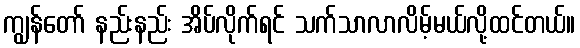
ကျွန်တော် နည်းနည်း အိပ်လိုက်ရင် သက်သာလာလိမ့်မယ်လို့ထင်တယ်။